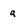
Character: q